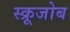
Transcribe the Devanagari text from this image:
स्क्रूजोब